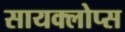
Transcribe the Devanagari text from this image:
सायक्लोप्स